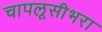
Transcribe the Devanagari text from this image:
चापलूसीभरा